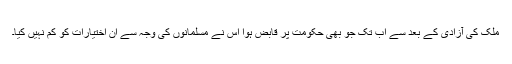
ملک کی آزادی کے بعد سے اب تک جو بھی حکومت پر قابض ہوا اس نے مسلمانوں کی وجہ سے ان اختیارات کو کم نہیں کیا۔